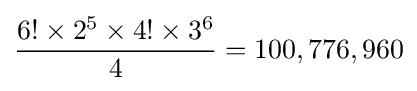
{\frac {6!\times 2^{5}\times 4!\times 3^{6}}{4}}=100,776,960